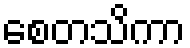
စေတသိကာ